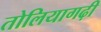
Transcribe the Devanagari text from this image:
तोलियागढ़ी